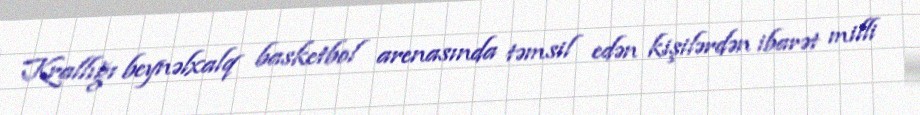
Krallığı beynəlxalq basketbol arenasında təmsil edən kişilərdən ibarət milli